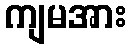
ကျမအား